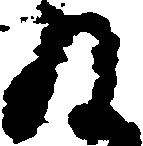
為